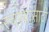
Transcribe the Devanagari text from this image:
रचण्यासाठी